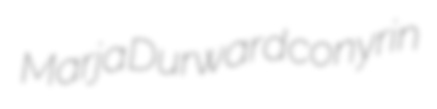
Marja Durward conyrin